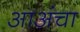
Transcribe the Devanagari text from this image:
आअंचा